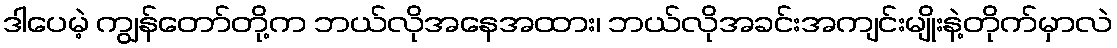
ဒါပေမဲ့ ကျွန်တော်တို့က ဘယ်လိုအနေအထား၊ ဘယ်လိုအခင်းအကျင်းမျိုးနဲ့တိုက်မှာလဲ